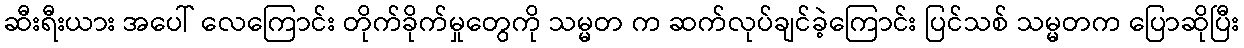
ဆီးရီးယား အပေါ် လေကြောင်း တိုက်ခိုက်မှုတွေကို သမ္မတ က ဆက်လုပ်ချင်ခဲ့ကြောင်း ပြင်သစ် သမ္မတက ပြောဆိုပြီး